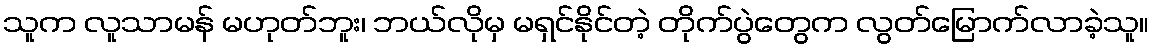
သူက လူသာမန် မဟုတ်ဘူး၊ ဘယ်လိုမှ မရှင်နိုင်တဲ့ တိုက်ပွဲတွေက လွတ်မြောက်လာခဲ့သူ။